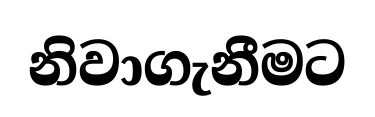
නිවාගැනීමට